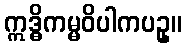
ဣဒ္ဓိကမ္မဝိပါကပဥှ။